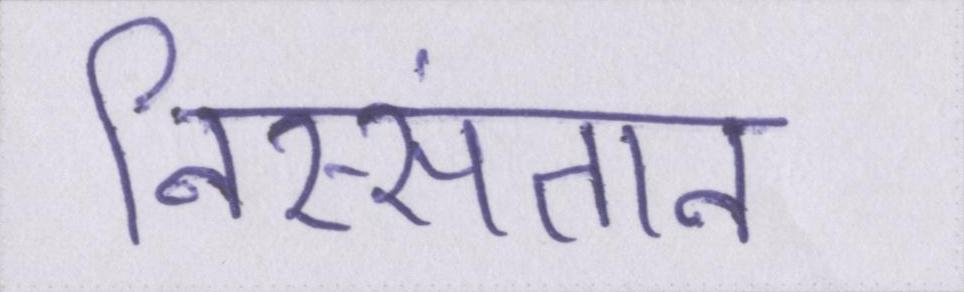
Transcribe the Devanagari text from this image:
निस्संतान